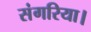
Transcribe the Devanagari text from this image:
संगरिया।